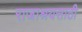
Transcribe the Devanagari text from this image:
राजाश्रयसाठी